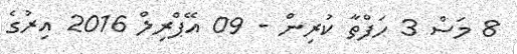
8 މަސް 3 ހަފްތާ ކުރިން - 09 އޭޕްރިލް 2016 އިރުގެ